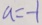
a = - 1